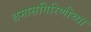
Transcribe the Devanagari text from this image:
तमासगिरिणीच्या